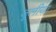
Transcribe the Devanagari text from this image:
जूलीया